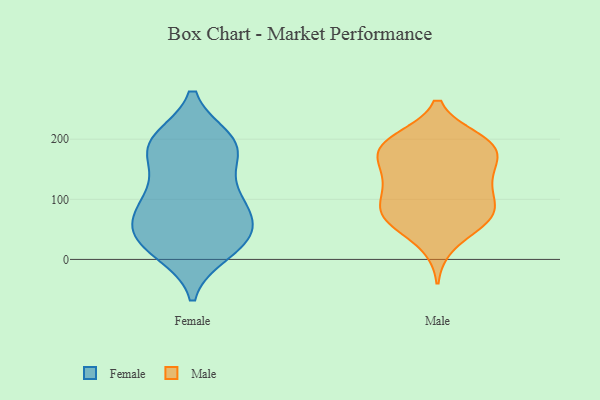
{"axis": {"x": "Energy Usage (MWh)", "y": "Value"}, "legend": ["Female", "Male"], "data": [{"x": "", "y": 22, "type": "Female"}, {"x": "", "y": 28, "type": "Female"}, {"x": "", "y": 122, "type": "Female"}, {"x": "", "y": 98, "type": "Female"}, {"x": "", "y": 198, "type": "Female"}, {"x": "", "y": 191, "type": "Female"}, {"x": "", "y": 186, "type": "Female"}, {"x": "", "y": 13, "type": "Female"}, {"x": "", "y": 171, "type": "Female"}, {"x": "", "y": 41, "type": "Female"}, {"x": "", "y": 108, "type": "Female"}, {"x": "", "y": 30, "type": "Female"}, {"x": "", "y": 194, "type": "Female"}, {"x": "", "y": 49, "type": "Female"}, {"x": "", "y": 190, "type": "Female"}, {"x": "", "y": 79, "type": "Female"}, {"x": "", "y": 84, "type": "Female"}, {"x": "", "y": 64, "type": "Female"}, {"x": "", "y": 65, "type": "Male"}, {"x": "", "y": 158, "type": "Male"}, {"x": "", "y": 199, "type": "Male"}, {"x": "", "y": 187, "type": "Male"}, {"x": "", "y": 180, "type": "Male"}, {"x": "", "y": 193, "type": "Male"}, {"x": "", "y": 78, "type": "Male"}, {"x": "", "y": 77, "type": "Male"}, {"x": "", "y": 76, "type": "Male"}, {"x": "", "y": 71, "type": "Male"}, {"x": "", "y": 184, "type": "Male"}, {"x": "", "y": 69, "type": "Male"}, {"x": "", "y": 134, "type": "Male"}, {"x": "", "y": 115, "type": "Male"}, {"x": "", "y": 161, "type": "Male"}, {"x": "", "y": 25, "type": "Male"}, {"x": "", "y": 122, "type": "Male"}, {"x": "", "y": 122, "type": "Male"}, {"x": "", "y": 198, "type": "Male"}]}